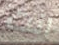
انت